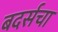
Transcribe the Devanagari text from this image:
बदर्सचा